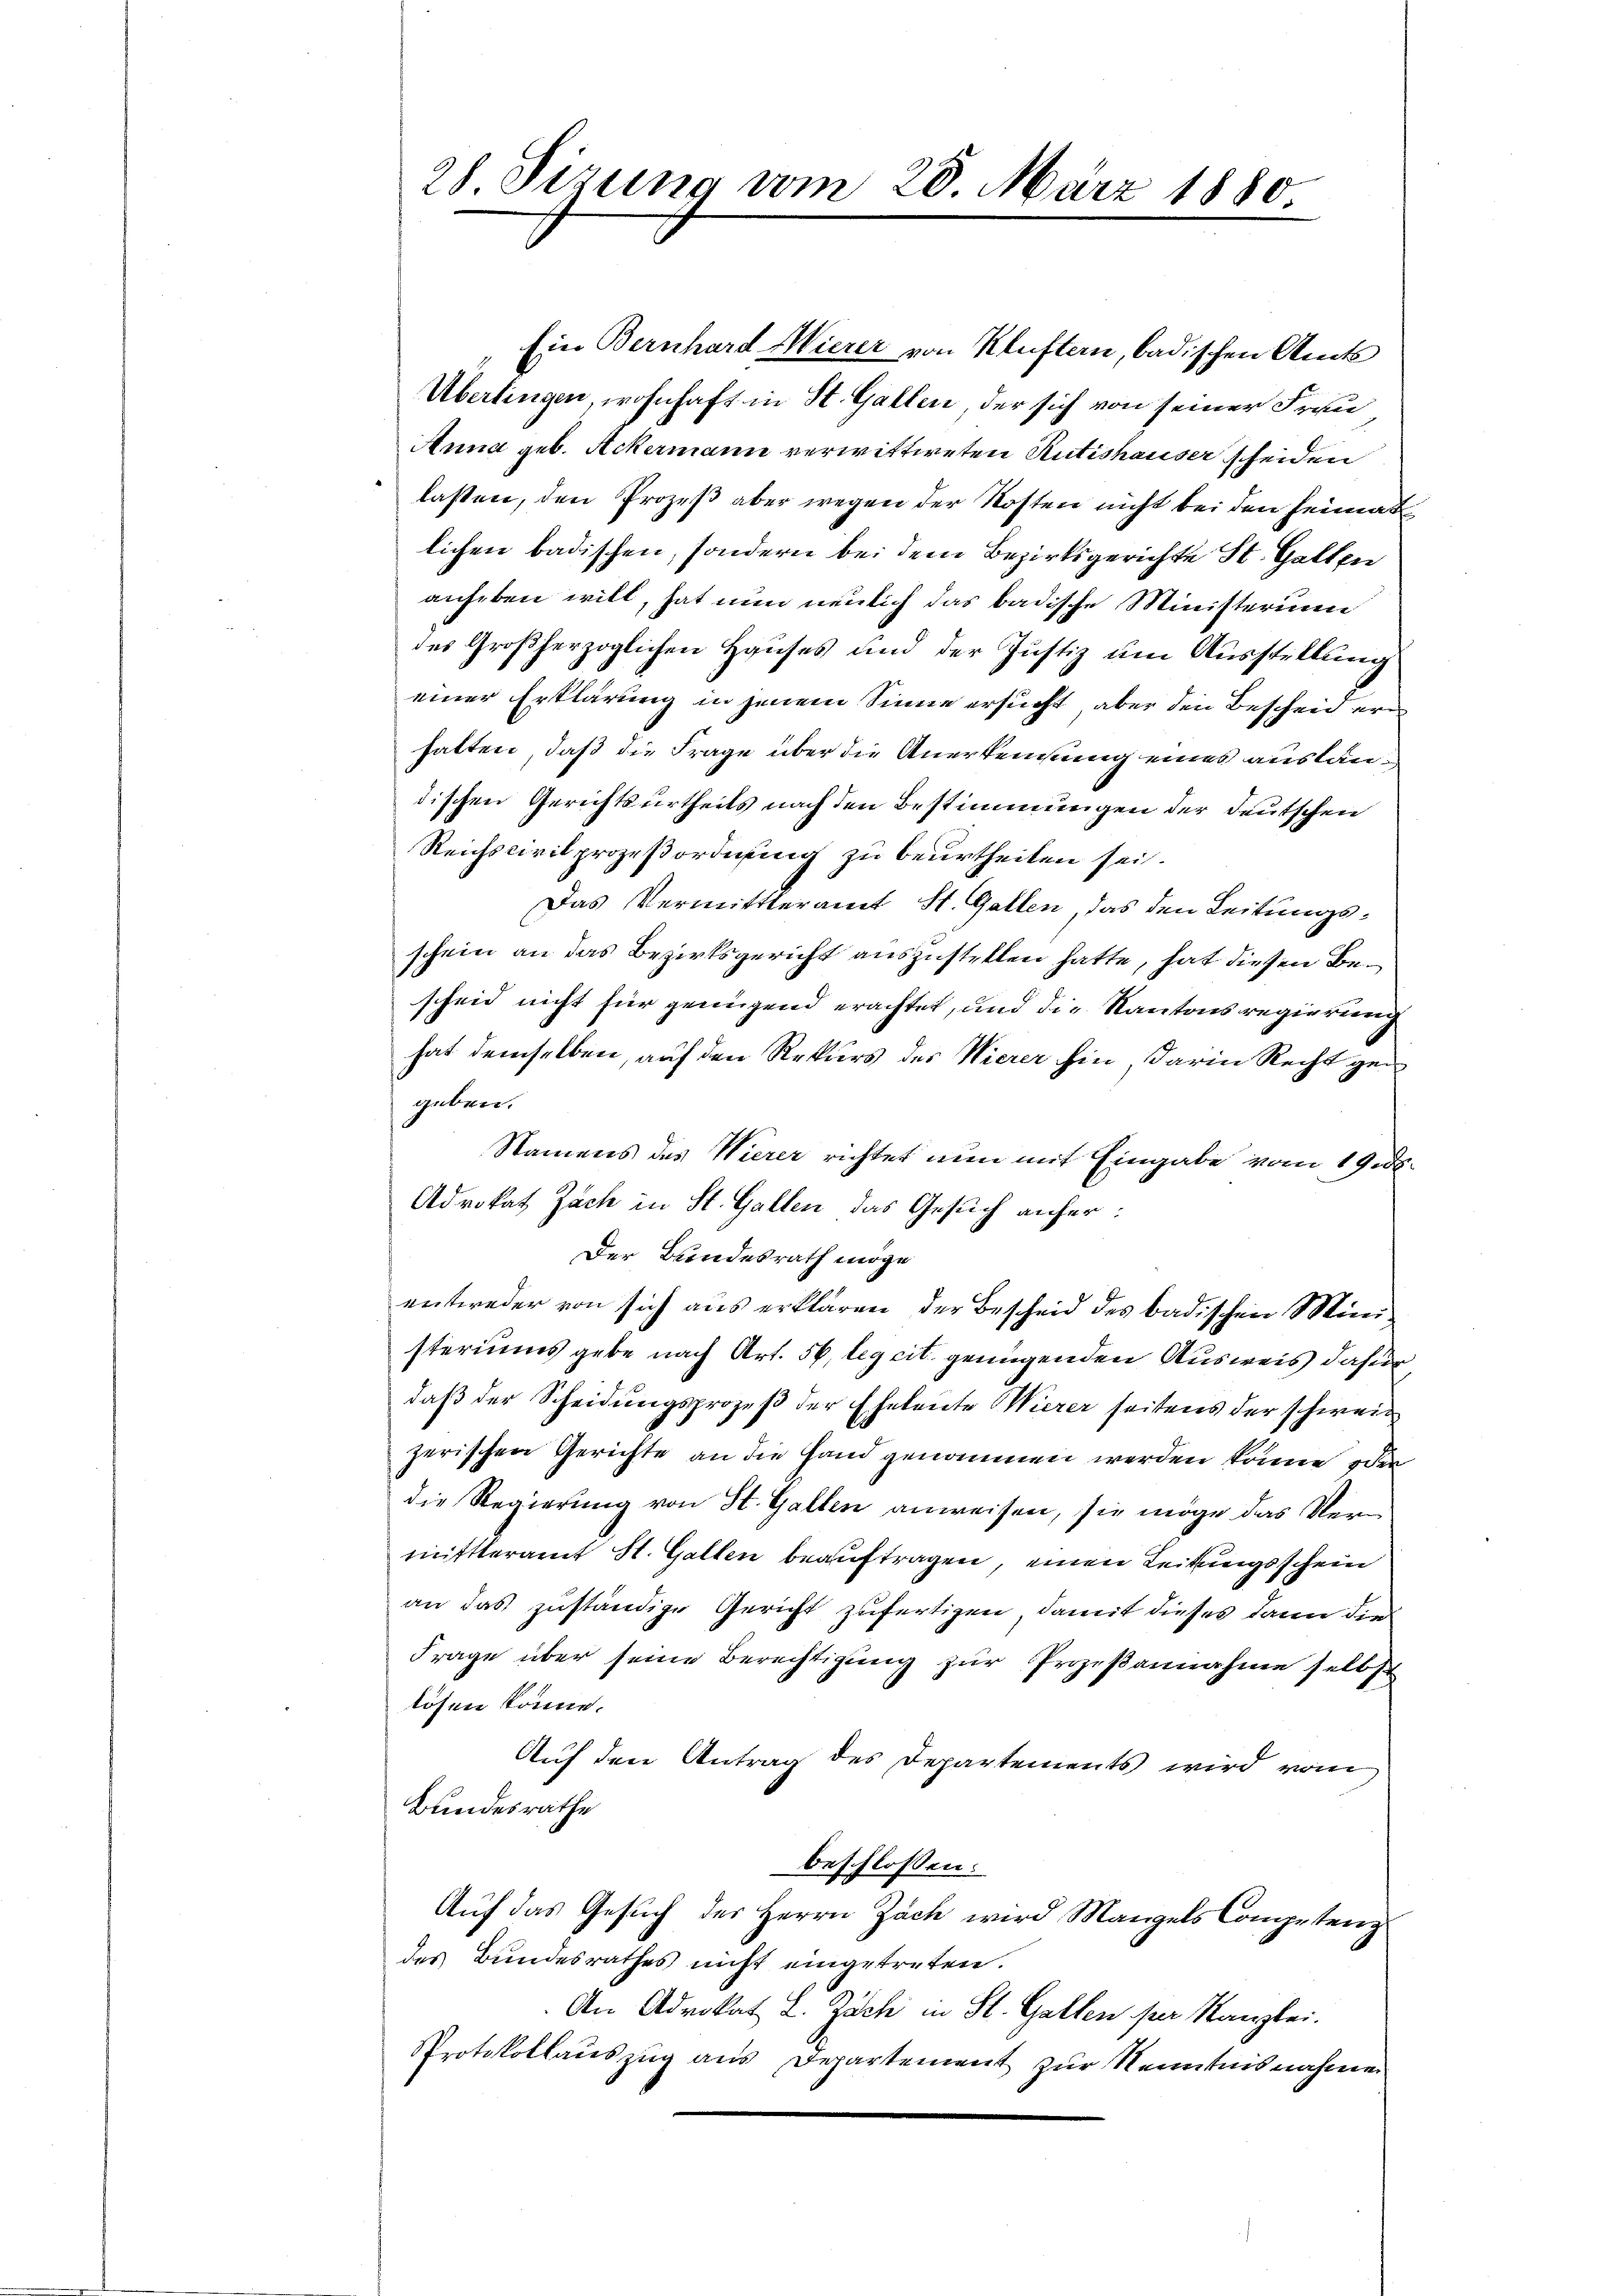
Ein Bernhard Mierer von Kluftern, badischen Amts
Übertingen, wohnhaft in St. Gallen der sich von seiner Frau
Anna geb. Ackermann verwittweten Rütishauser scheiden
lasten, den Prozeß aber wegen der Kosten nicht bei den Heimat
lichen badischen, sondern bei dem Bezirksgerichte St. Gallen
auheben will, hat nun neulich das badische Ministerium
des Großherzoglichen Hauses und der Justiz um Ausstellung
einer Erklärung in jenem Sinne ersucht, aber den Bescheid erhalten, daß die Frage über die Anerkennung eines ausländischen Gerichtsurtheils nach den Bestimmungen der Deutschen
Reichscivilprozeßordnung zu beurtheilen sei.
Das Vermittteramt St. Gallen, das den Leitungsschein an das Bezirksgericht auszustellen hatte, hat diesen Bescheid nicht für genügend erachtet, und die Kantonsregierung
hat demselben, auf den Rekurs des Wierer hin, darin Recht gegeben.
Namens des Wierer richtet nun mit Eingabe vom 19.ds.
Advokat Zach in St. Gallen das Gesuch anher:
Der Bundesrath möge
entweder von sich aus erklären der Bescheid des badischen Ministeriums gebe nach Art. 56, leg cit. genügenden Ausweis dafür,
daß der Scheidungsprozeß der Eheleute Wierer seitens der schweil
zerischen Gerichte an die Hand genommen werden könne, oder
die Regierung von St. Gallen anweisen, sie möge das Ver
mittteramt St. Gallen beauftragen, einen Leitungsschein
an das zuständige Gericht zufertigen, damit dieses dann die
Frage über seine Berechtigung zur Prozeßannahme selbst
lösen könne.
Auf den Antrag des Departements wird vom
Bundesrathe
beschlossen:
Auf das Gesuch des Herrn Zach wird Mangels Competenz
des Bundesrathes nicht eingetreten.
An Advokat L. Zach in St. Gallen per Kanzlei.
Protokollauszug aus Departement zur Kenntnisnahme

28 Sizung vom 20. März 1880.